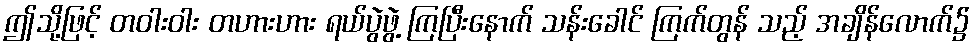
ဤသို့ဖြင့် တဝါးဝါး တဟားဟား ရယ်ပွဲဖွဲ့ ကြပြီးနောက် သန်းခေါင် ကြက်တွန် သည့် အချိန်လောက်၌